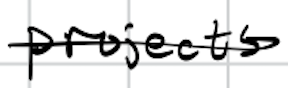
Text: projects
Cross-out: single-line
Writing tool: digital_black